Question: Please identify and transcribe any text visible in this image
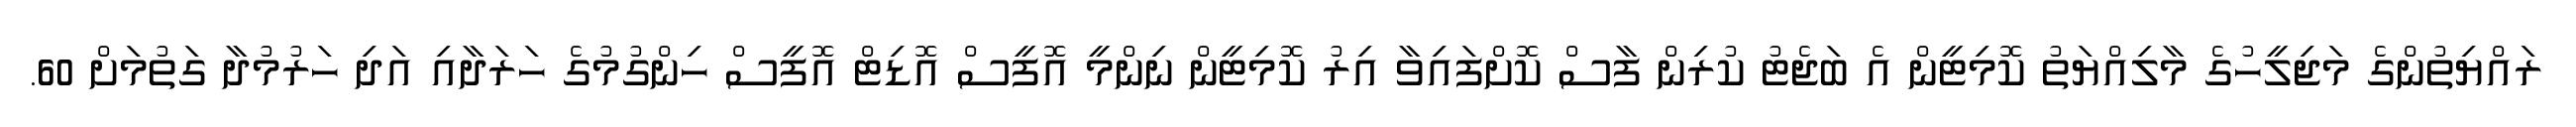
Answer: ރައްޔިތުންގެ މަޖިލީހުގެ މާލިއްޔަތު ކޮމިޓީން އެ ބަޖެޓު ކުރިން ފާސް ކޮށްފައިވާ އިރު ކޮމިޓީން ނިންމީ އޮފީސް އޮޑިޓް އޮފީސް ހިންގުމުގެ ހަރަދާއި އަދި ހަރުމުދާ ގަތުމަށް 60.